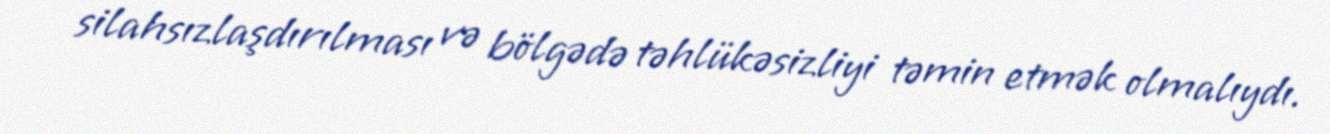
silahsızlaşdırılması və bölgədə təhlükəsizliyi təmin etmək olmalıydı.